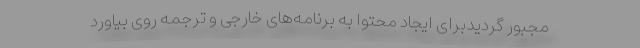
مجبور گردیدبرای ایجاد محتوا به برنامه‌های خارجی و ترجمه روی بیاورد